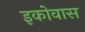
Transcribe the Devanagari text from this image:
इकोवास